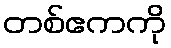
တစ်ဧကကို